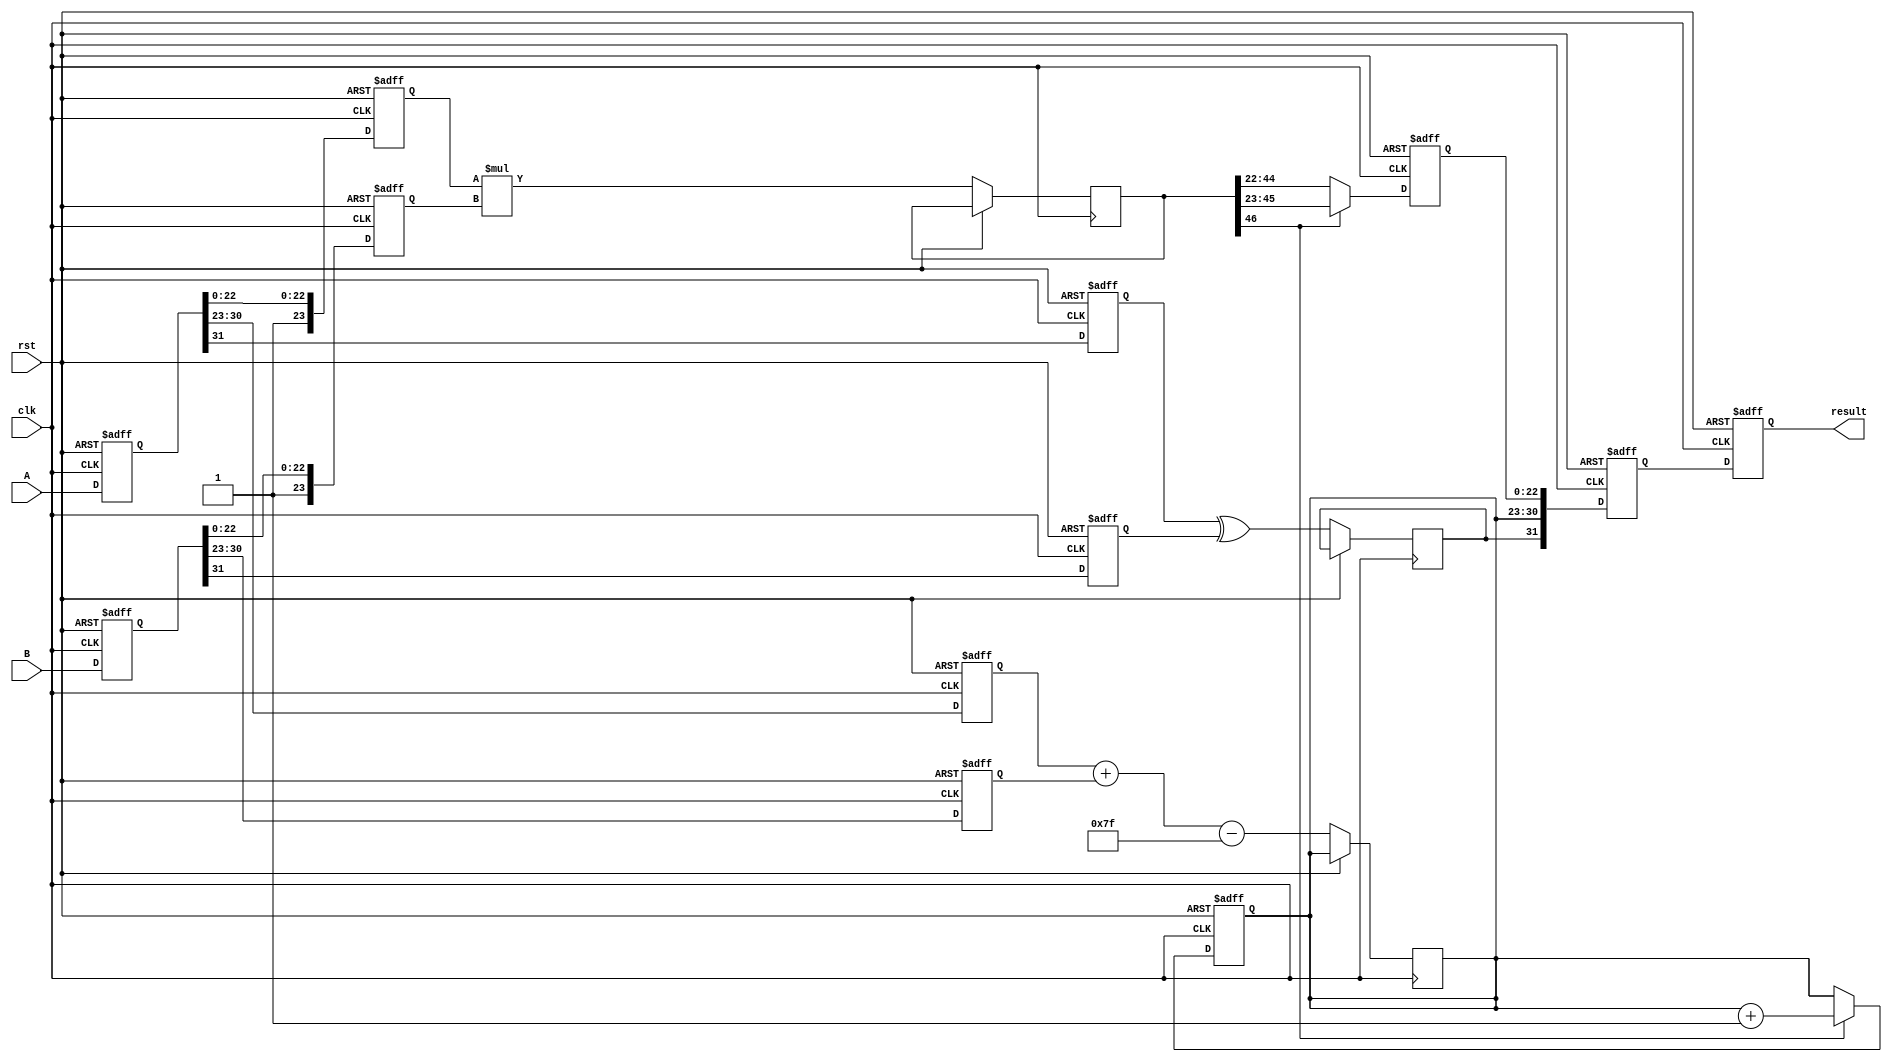
module fp_multiplier #(
    parameter E = 8, // Number of exponent bits
    parameter F = 23, // Number of mantissa bits
    parameter BIAS = 127 // Bias for the exponent
)(
    input clk,
    input rst,
    input [E + F:0] A, // Input A (1 sign bit + E exponent bits + F mantissa bits)
    input [E + F:0] B, // Input B
    output reg [E + F:0] result // Output result
);

    // Pipeline registers
    reg [E + F:0] A_reg, B_reg;
    reg sign_A, sign_B, sign_result;
    reg [E - 1:0] exp_A, exp_B, exp_result;
    reg [F:0] mant_A, mant_B, mant_result;
    reg [2*F:0] mant_mult; // To hold the product of mantissas
    reg [E + F:0] final_result;

    // Stage 1: Input Registration
    always @(posedge clk or posedge rst) begin
        if (rst) begin
            A_reg <= 0;
            B_reg <= 0;
        end else begin
            A_reg <= A;
            B_reg <= B;
        end
    end

    // Stage 2: Sign Calculation
    always @(posedge clk or posedge rst) begin
        if (rst) begin
            sign_A <= 0;
            sign_B <= 0;
        end else begin
            sign_A <= A_reg[E + F];
            sign_B <= B_reg[E + F];
            sign_result <= sign_A ^ sign_B; // XOR for sign
        end
    end

    // Stage 3: Exponent Calculation
    always @(posedge clk or posedge rst) begin
        if (rst) begin
            exp_A <= 0;
            exp_B <= 0;
        end else begin
            exp_A <= A_reg[E + F - 1:E + F - E];
            exp_B <= B_reg[E + F - 1:E + F - E];
            exp_result <= exp_A + exp_B - BIAS; // Add exponents and subtract bias
        end
    end

    // Stage 4: Mantissa Multiplication
    always @(posedge clk or posedge rst) begin
        if (rst) begin
            mant_A <= 0;
            mant_B <= 0;
        end else begin
            mant_A <= {1'b1, A_reg[F - 1:0]}; // Implicit leading 1 for normalized numbers
            mant_B <= {1'b1, B_reg[F - 1:0]}; // Implicit leading 1 for normalized numbers
            mant_mult <= mant_A * mant_B; // Multiply mantissas
        end
    end

    // Stage 5: Result Normalization
    always @(posedge clk or posedge rst) begin
        if (rst) begin
            mant_result <= 0;
            exp_result <= 0;
        end else begin
            // Check for normalization
            if (mant_mult[2*F] == 1) begin // If the product is normalized
                mant_result <= mant_mult[2*F-1:F]; // Shift right
                exp_result <= exp_result + 1; // Increment exponent
            end else begin
                mant_result <= mant_mult[2*F-2:F-1]; // Use mantissa as is
            end
        end
    end

    // Stage 6: Final Registration
    always @(posedge clk or posedge rst) begin
        if (rst) begin
            final_result <= 0;
        end else begin
            final_result <= {sign_result, exp_result, mant_result[F-1:0]}; // Combine sign, exponent, and mantissa
        end
    end

    // Output the final result
    always @(posedge clk or posedge rst) begin
        if (rst) begin
            result <= 0;
        end else begin
            result <= final_result;
        end
    end

endmodule